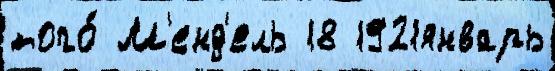
того́ М'енд'ель 18 1921январь